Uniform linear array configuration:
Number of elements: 64
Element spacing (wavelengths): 0.75
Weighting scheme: exponential
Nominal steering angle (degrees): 45
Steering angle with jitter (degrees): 43.164
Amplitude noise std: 0.05
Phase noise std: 0.05

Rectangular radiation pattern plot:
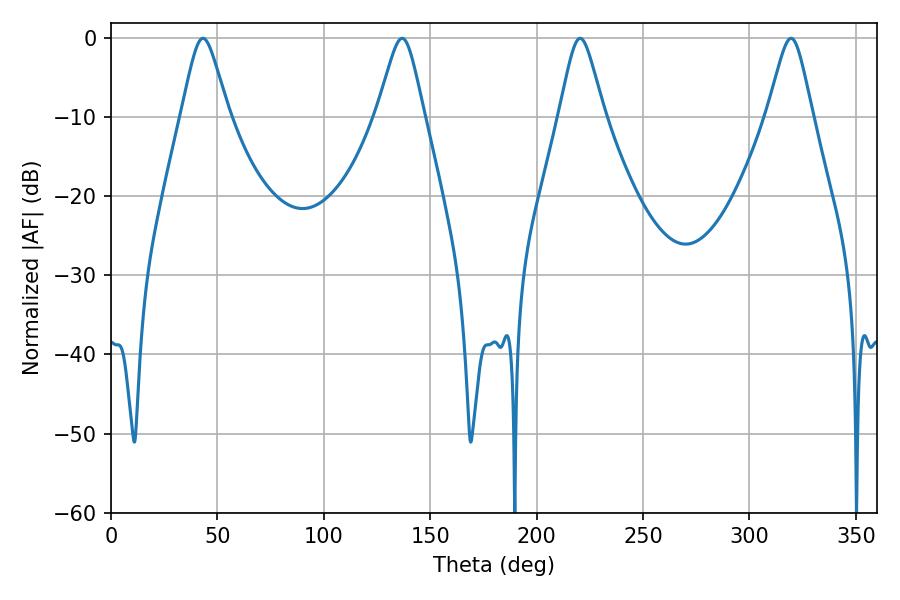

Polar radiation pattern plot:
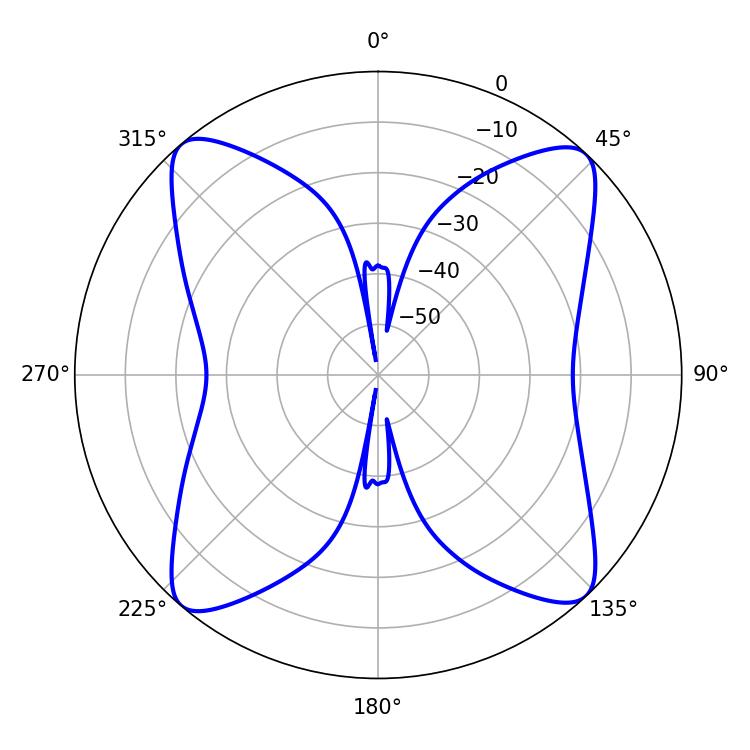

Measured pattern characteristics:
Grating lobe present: TRUE
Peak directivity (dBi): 17.665
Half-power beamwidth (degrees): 10.62
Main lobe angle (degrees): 43.2